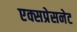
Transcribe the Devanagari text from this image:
एक्सप्रेसनेट